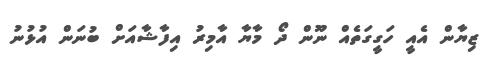
ޒިޔާން އެއީ ހަގީގަތެއް ނޫން ދޯ މާޔާ އާމިރު އިފާޝާއަށް ބުނަން އުޅުނު